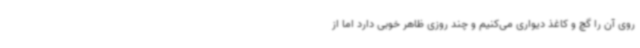
روی آن را گچ و کاغذ دیواری می‌کنیم و چند روزی ظاهر خوبی دارد اما از